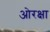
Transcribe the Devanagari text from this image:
ओरक्षा